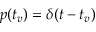
p ( t _ { v } ) = \delta ( t - t _ { v } )